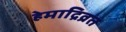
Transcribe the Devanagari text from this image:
हेमाद्रिव्रत